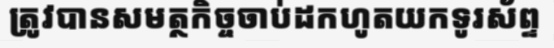
ត្រូវបានសមត្ថកិច្ចចាប់ដកហូតយកទូរស័ព្ទ